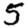
Digit: 5